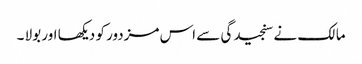
مالک نے سنجیدگی سے اس مزدور کو دیکھا اور بولا ۔